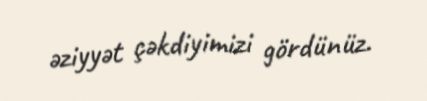
əziyyət çəkdiyimizi gördünüz.